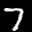
Label: 7